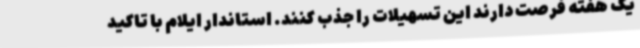
یک هفته فرصت دارند این تسهیلات را جذب کنند. استاندار ایلام با تاکید